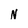
Character: N